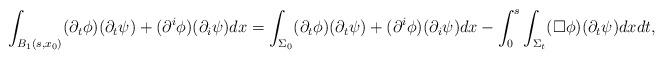
LaTeX: \begin{align*} \begin{aligned} \int_{B_1 (s,x_0)} (\partial_t \phi) (\partial_t \psi) + (\partial^i \phi) (\partial_i \psi) d x = \int_{\Sigma_0} (\partial_t \phi) (\partial_t \psi) + (\partial^i \phi) (\partial_i \psi) d x - \int_0^s \int_{\Sigma_t} (\Box \phi) (\partial_t \psi) d x d t, \end{aligned}\end{align*}